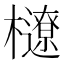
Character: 𣟆